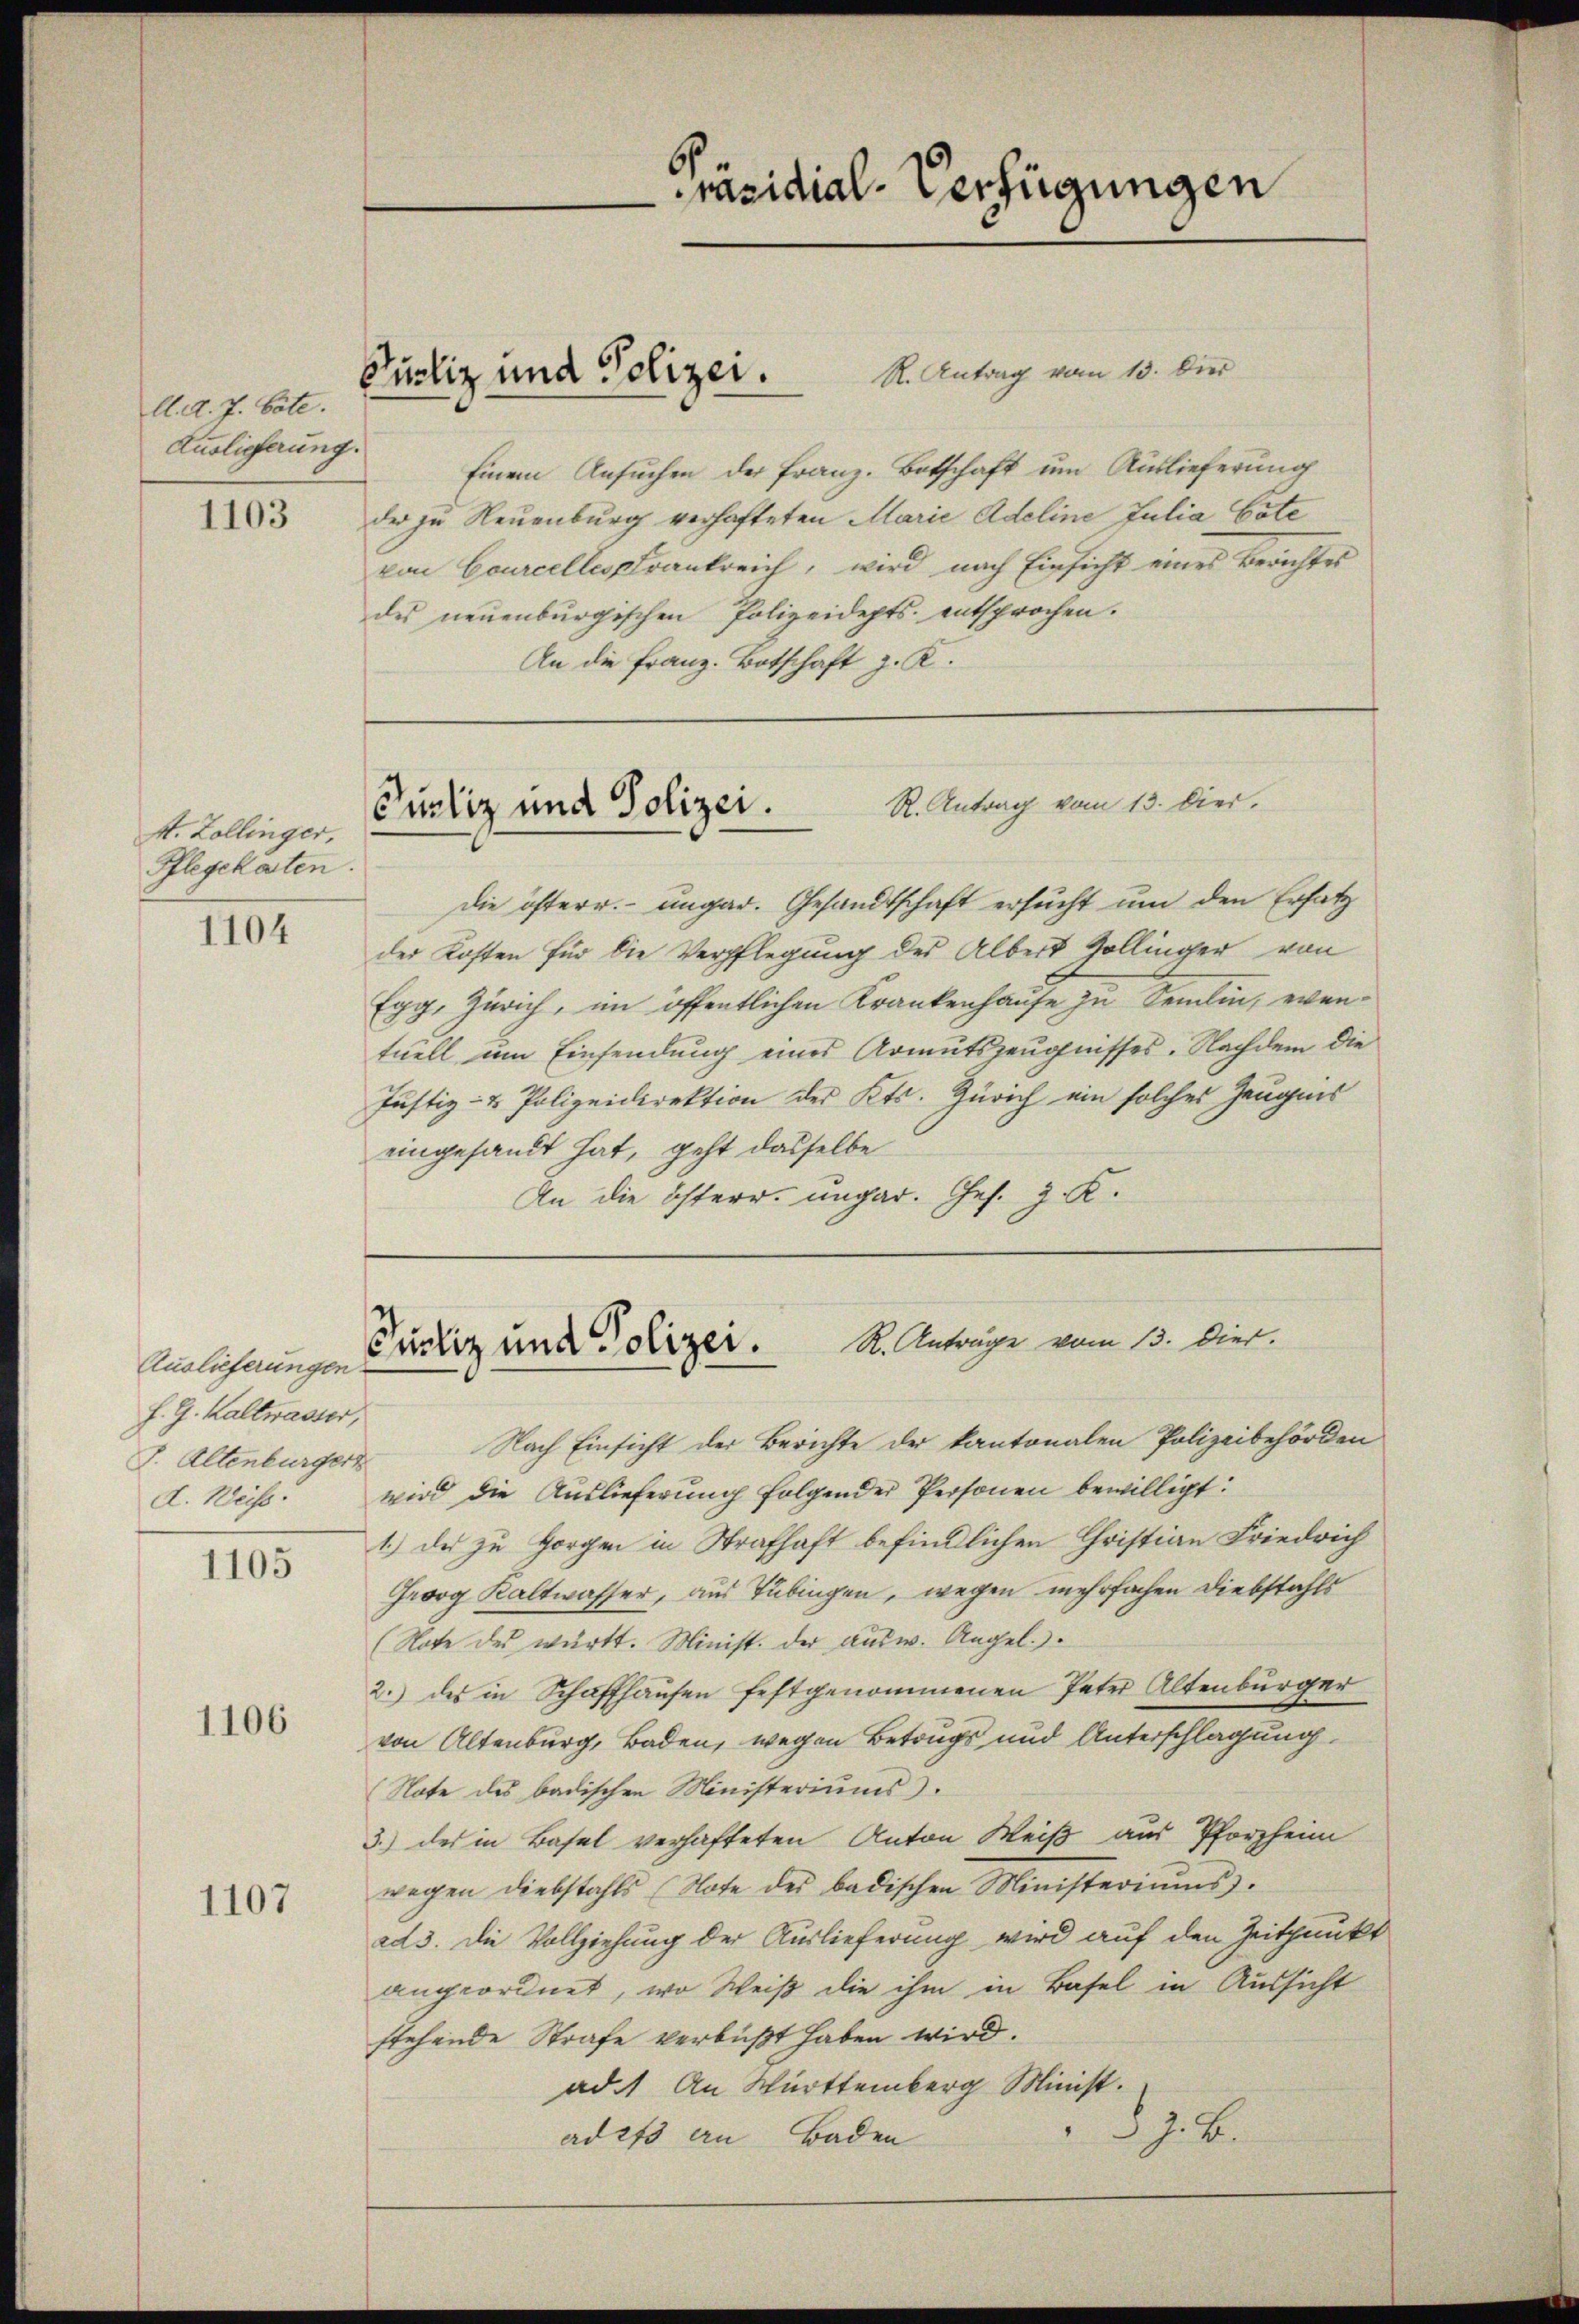
d. d. J. böte.
Auslieferung.

1103

A. Zollinger,
Pflegekaten.

1104

1105

1106

1107

Auslieferungen.
f. G. Kaltwasser,
J. Altenburger
d. Weise:

Pustiz und Polizei.

Präsidial-Verfügungen

R. Antrag vom 13. Dier
Einem Ansuchen der Franz. Botschaft um Auslieferung
der zu Neuenburg verhafteten Marie Adeline Julia Cöte
von Courcelles trankreich, wird nach Einsicht eines Berichtes
des neuenburgischen Polizeidepts entsprochen.
An die Franz. Botschaft z. K.

R. Antrag vom 13. Dier.
Curliz und Polizei.

Die öfterr. ungar. Gesandtschaft ersucht um den Ersatz
der Kosten für die Verpflegung des Albert Zollinger von
Egg, Zürich, im öffentlichen Krankenhause zu Semelin, eventuell um Einsendung eines Armutszeugnisses. Nachdem die
Justiz- & Polizeidirektion des Kts. Zürich ein solches Zeugnis
eingesandt hat, geht dasselbe
An die österr. ungar. Ges. z. K.

R. Anträge vom 13. Dier.
Pustiz und Polizei.

Nach Einsicht der Berichte der kantonalen Polizeibehörden
wird die Auslieferung folgender Personen bewilligt:
1.) Der zu Horgen in Strafhaft befindlichen Christian Friedrich
Georg Kaltwasser, aus Tübingen, wegen mehrfachen Diebstahls
(Note des württ. Minist. der ausw. Angel.).
2.) des in Schaffhausen festgenommenen Peter Altenburger
von Altenburg, Baden, wegen Betrugs und Unterschlagung
(Note des badischen Ministeriums.
3.) des in Basel verhafteten Anton Weiß aus Pforzheim
wegen diebstahls (Note des badischen Ministeriŭms.
ad 3. Die Vollziehung der Auslieferung wird auf den Zeitpunkt
angeordnet, wo Weiß die ihm in Basel in Aussicht
stehende Strafe verbüßt haben wird.
ad. An Württemberg Minist
“
d. J. B.
ad es an Baden